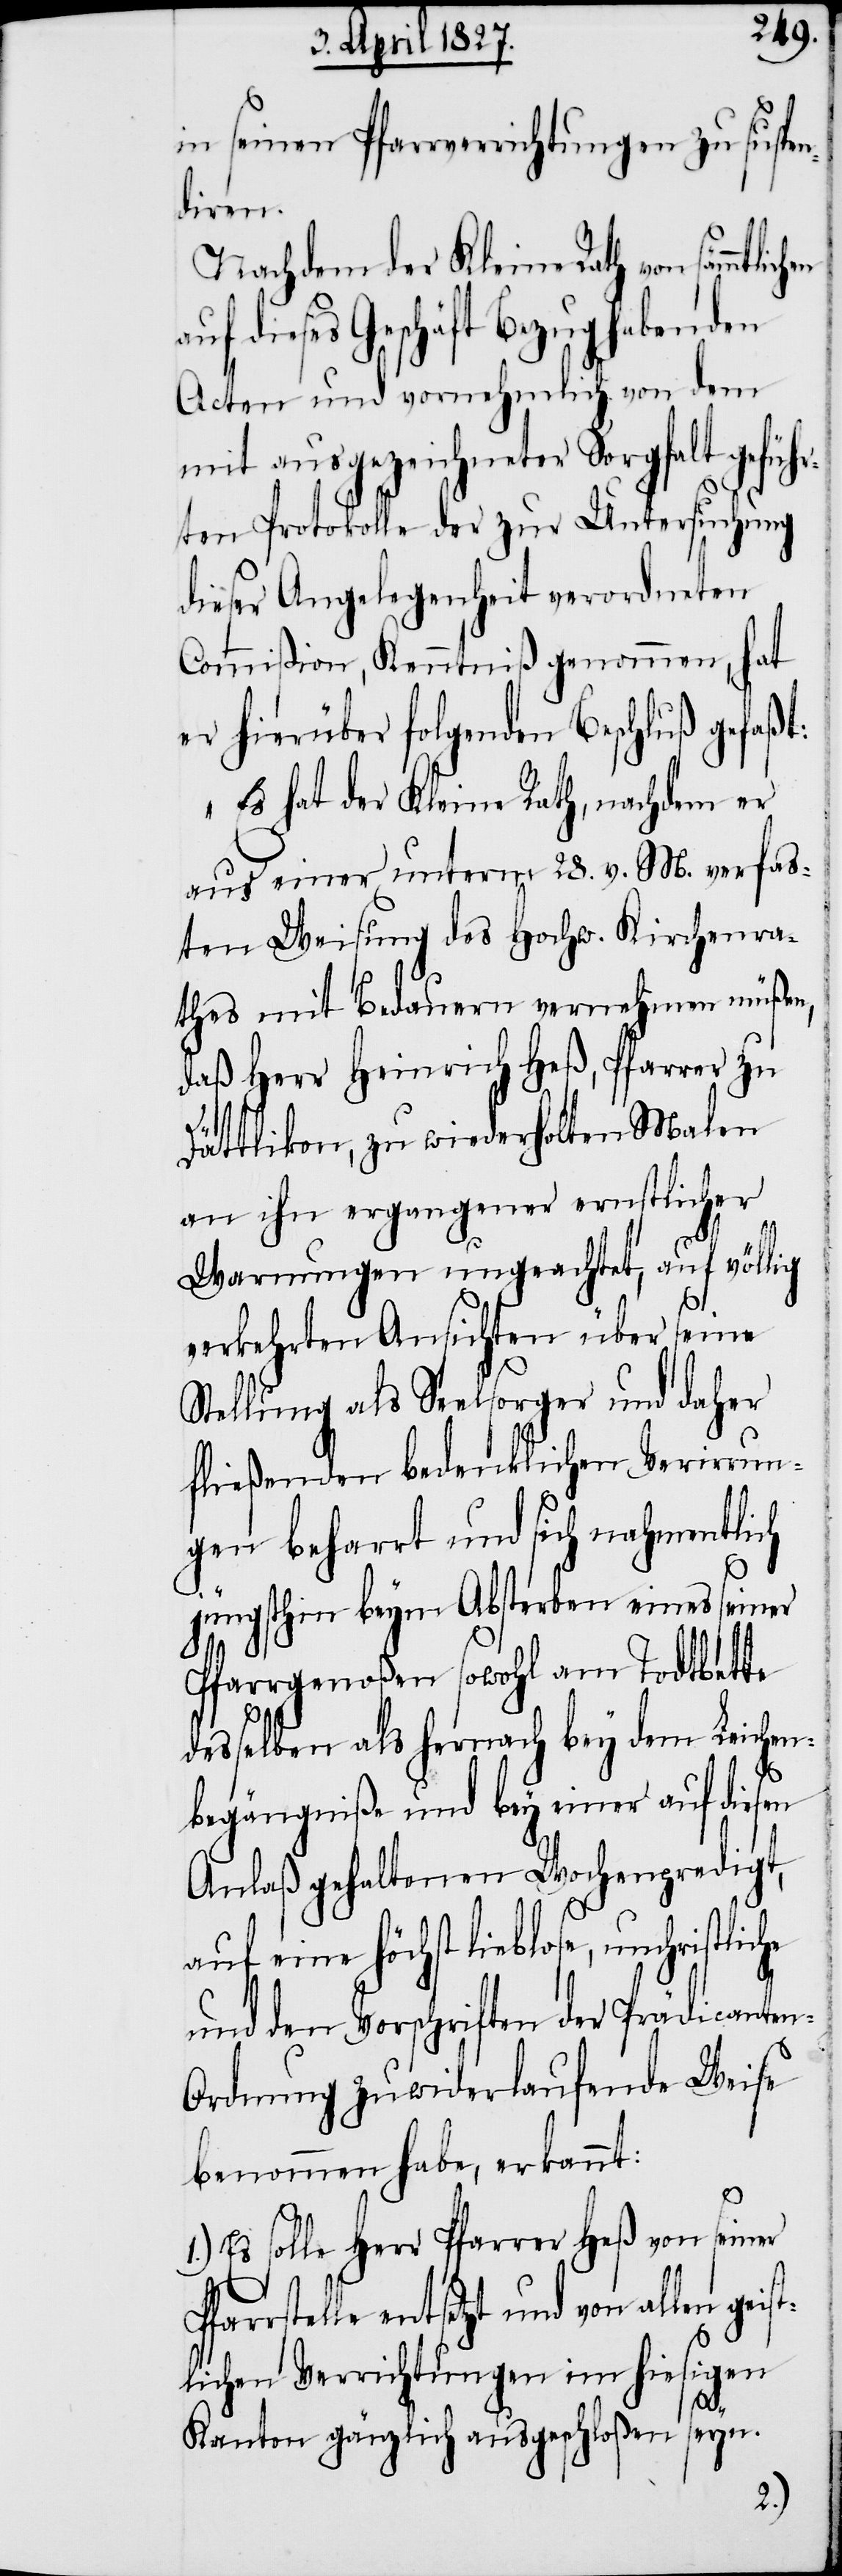
in seinen Pfarrverrichtungen zu suspe¬
diren.
Nachdem der Kleine Rath von sämmtlic¬
uf dieses Geschäft Bezug habenden
Acten und vornehmlich von dem
mit ausgezeichneter Sorgfalt geführ¬
ten Protokolle der zur Untersuchung
dieser Angelegenheit verordneten
Commißion, Kenntniß genommen, hat
er hierüber folgenden Beschluß gefaßt:
Es hat der Kleine Rath, nachdem er
aus einer unterm 28. v. M. verfaß¬
ten Weisung des Hochw. Kirchenra¬
thes mit Bedauern vernehmen müßen,
daß Herr Heinrich Heß, Pfarrer zu
Dättlikon, zu wiederholten Malen
an ihn ergangener ernstlicher
Warnungen ungeachtet, auf völlig
verkehrten Ansichten über seine
Stellung als Seelsorger und daher
fließender bedenklicher Verirrun¬
gen beharrt und sich nahmentlich
jüngsthin beym Absterben eines seiner
Pfarrgenoßen sowohl am Todtbette
desselben als hernach bey dem Leichen¬
begängniße und bey einer auf diesen
Anlaß gehaltenen Wochenpredigt,
auf eine höchst lieblose, unchristli¬
und den Vorschriften der Prädicanten-O¬
rdnung zuwiderlaufende Weise
benommen habe, erkannt:
1.)
Es solle Herr Pfarrer Heß von seiner
entsetzt und von allen gei¬
lichen Verrichtungen im hiesigen
st¬
seyn.
Kanton gänzlich ausgeschloßen